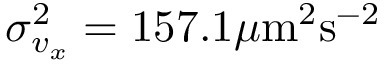
\sigma _ { v _ { x } } ^ { 2 } = 1 5 7 . 1 \mu \mathrm { m } ^ { 2 } \mathrm { s } ^ { - 2 }